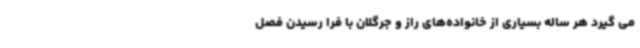
می گیرد هر ساله بسیاری از خانواده‌های راز و جرگلان با فرا رسیدن فصل